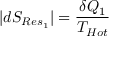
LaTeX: | d S _ { R e s _ { 1 } } | = { \frac { \delta Q _ { 1 } } { T _ { H o t } } }